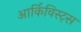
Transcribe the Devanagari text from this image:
आर्किविस्ट्स